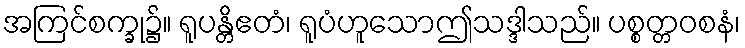
အကြင်စက္ခု၌။ ရူပန္တိဧတံ၊ ရူပံဟူသောဤသဒ္ဒါသည်။ ပစ္စတ္တဝစနံ၊